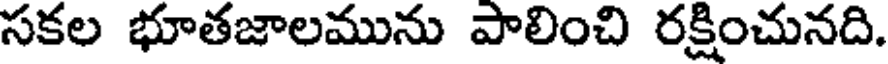
సకల భూతజాలమును పాలించి రక్షించునది.